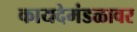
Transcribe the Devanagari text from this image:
कायदेमंडळावर